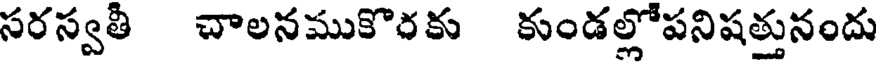
సరస్వతీ చాలనముకొరకు కుండల్లోపనిషత్తునందు